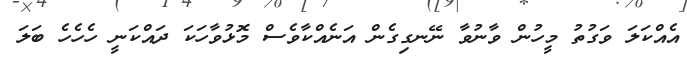
އެއްކަލަ ވަގުތު މީހުން ވާނުވާ ނޭނގިގެން އަނެއްކާވެސް މޮޅުވާހަކަ ދައްކަނީ ހެހެހެ ބަލަ